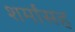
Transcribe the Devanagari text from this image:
शर्मांसह